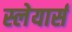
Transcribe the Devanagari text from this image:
स्लेयार्स